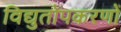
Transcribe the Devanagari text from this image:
विद्युतोपकरणों